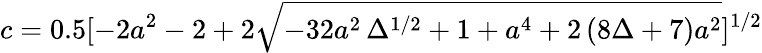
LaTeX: c=0.5[-2a^{2}-2+2\sqrt{-32a^{2}\, \Delta^{1/2}+1+a^{4}+2\, (8\Delta+7)a^{2}}]^{1/2}